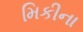
મિકીના